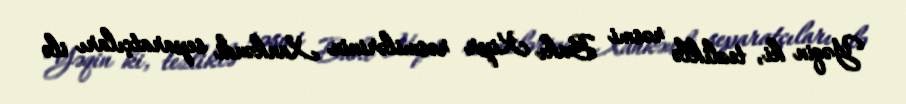
Yəqin ki, tezliklə rəsmi Bakı Kipr rəsmilərinin Xankəndi separatçıları ilə